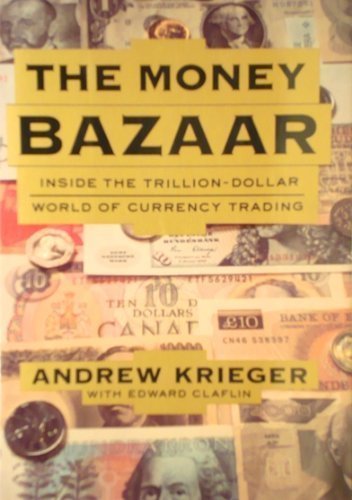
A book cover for The Money Bazaar : Inside the Trillion-Dollar World of Currency Trading; Andrew Krieger; Business & Money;